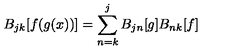
B _ { j k } [ f ( g ( x ) ) ] = \sum _ { n = k } ^ { j } B _ { j n } [ g ] B _ { n k } [ f ]